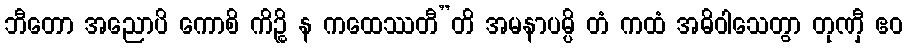
ဘီတော အညောပိ ကောစိ ကိဉ္စိ န ကထေဿတီ”တိ အမနာပမ္ပိ တံ ကထံ အဓိဝါသေတွာ တုဏှီ ဧဝ